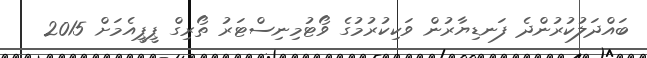
ބައްދަލުކުރުންދެ ފަނޑިޔާރުން ވަކިކުރުމުގެ ވޯޓުމިނިސްޓަރު ތޯރިގް ޕީޕީއެމަށް 2015